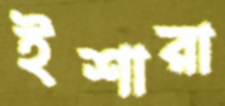
ইশারা